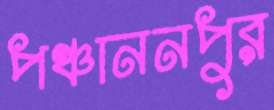
পঞ্চাননপুর